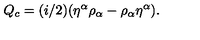
Q _ { c } = ( i / 2 ) ( { \eta } ^ { \alpha } { \rho } _ { \alpha } - { \rho } _ { \alpha } { \eta } ^ { \alpha } ) .